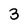
Character: 3